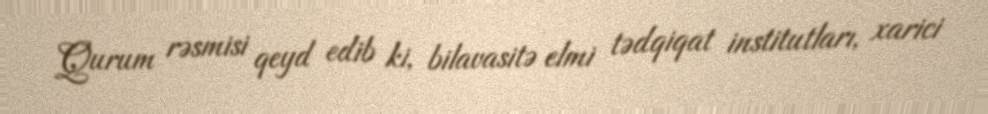
Qurum rəsmisi qeyd edib ki, bilavasitə elmi tədqiqat institutları, xarici